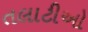
તલાટીઓ